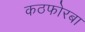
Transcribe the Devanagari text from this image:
कठफोरबा